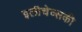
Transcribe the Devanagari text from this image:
इलीचेव्सकी